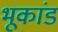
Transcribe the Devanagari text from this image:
भूकांड